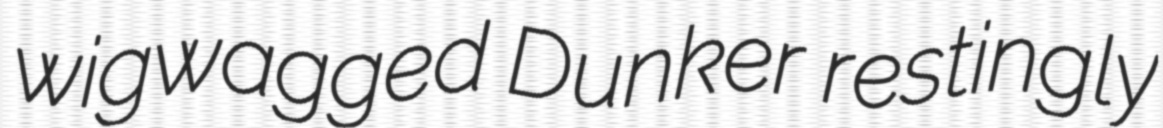
wigwagged Dunker restingly